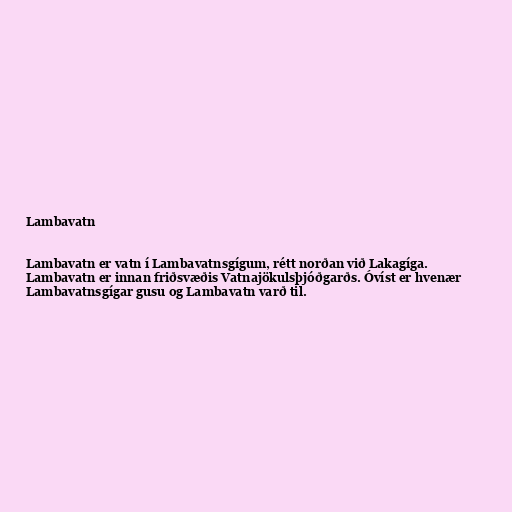
Lambavatn

Lambavatn er vatn í Lambavatnsgígum, rétt norðan við Lakagíga.
Lambavatn er innan friðsvæðis Vatnajökulsþjóðgarðs. Óvíst er hvenær
Lambavatnsgígar gusu og Lambavatn varð til.